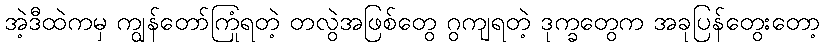
အဲ့ဒီထဲကမှ ကျွန်တော်ကြုံရတဲ့ တလွဲအဖြစ်တွေ ဂွကျရတဲ့ ဒုက္ခတွေက အခုပြန်တွေးတော့